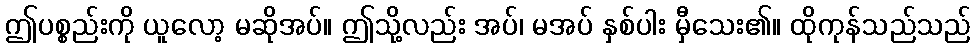
ဤပစ္စည်းကို ယူလော့ မဆိုအပ်။ ဤသို့လည်း အပ်၊ မအပ် နှစ်ပါး မှီသေး၏။ ထိုကုန်သည်သည်